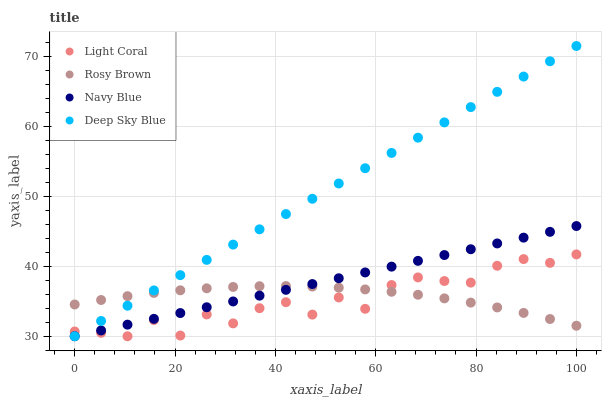
| xaxis_label | Light Coral | Rosy Brown | Navy Blue | Deep Sky Blue |
 | --- | --- | --- | --- | --- |
 | 0 | 30.7 | 34.5 | 30 | 30 |
 | 5.26 | 30.5 | 35.2 | 30.8 | 32.2 |
 | 10.5 | 30 | 35.7 | 31.7 | 34.4 |
 | 15.8 | 32.3 | 36.2 | 32.5 | 36.5 |
 | 21.1 | 30.1 | 36.6 | 33.3 | 38.7 |
 | 26.3 | 33.1 | 36.8 | 34.1 | 40.9 |
 | 31.6 | 31.8 | 37 | 35 | 43.1 |
 | 36.8 | 34 | 37.2 | 35.8 | 45.3 |
 | 42.1 | 34.9 | 37.2 | 36.6 | 47.5 |
 | 47.4 | 33.1 | 37.1 | 37.5 | 49.6 |
 | 52.6 | 35.5 | 36.9 | 38.3 | 51.8 |
 | 57.9 | 33.9 | 36.7 | 39.1 | 54 |
 | 63.2 | 37.3 | 36.4 | 39.9 | 56.2 |
 | 68.4 | 38.4 | 35.9 | 40.8 | 58.4 |
 | 73.7 | 37.9 | 35.4 | 41.6 | 60.6 |
 | 78.9 | 37.7 | 34.8 | 42.4 | 62.7 |
 | 84.2 | 40.1 | 34.1 | 43.3 | 64.9 |
 | 89.5 | 41 | 33.3 | 44.1 | 67.1 |
 | 94.7 | 40.5 | 32.5 | 44.9 | 69.3 |
 | 100 | 41.7 | 31.5 | 45.7 | 71.5 |